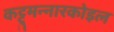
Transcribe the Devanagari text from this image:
कट्टुमन्नारकोइल